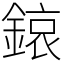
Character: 鎄